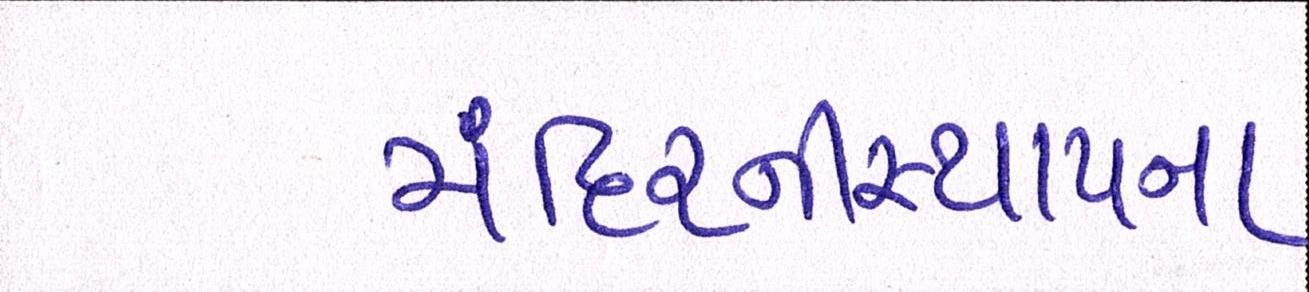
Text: મંદિરનીસ્થાપના